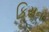
કિસન